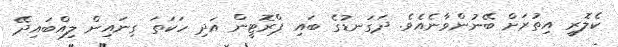
ކެލޮރީ އިތުރަށް ބޭނުންވާނެއެވެ. ދަގަނޑުގެ ބައި ޕްރޮޓީން އަދި ހަކަތަ ގިނައިން ލިއްބައިދޭ